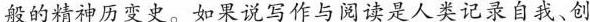
般的精神历变史。如果说写作与阅读是人类记录自我、创